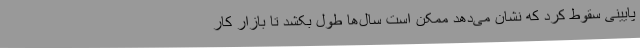
پایینی سقوط کرد که نشان می‌دهد ممکن است سال‌ها طول بکشد تا بازار کار